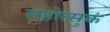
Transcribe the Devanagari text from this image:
सहोत्सुकं